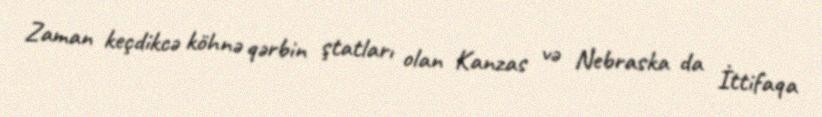
Zaman keçdikcə köhnə qərbin ştatları olan Kanzas və Nebraska da İttifaqa